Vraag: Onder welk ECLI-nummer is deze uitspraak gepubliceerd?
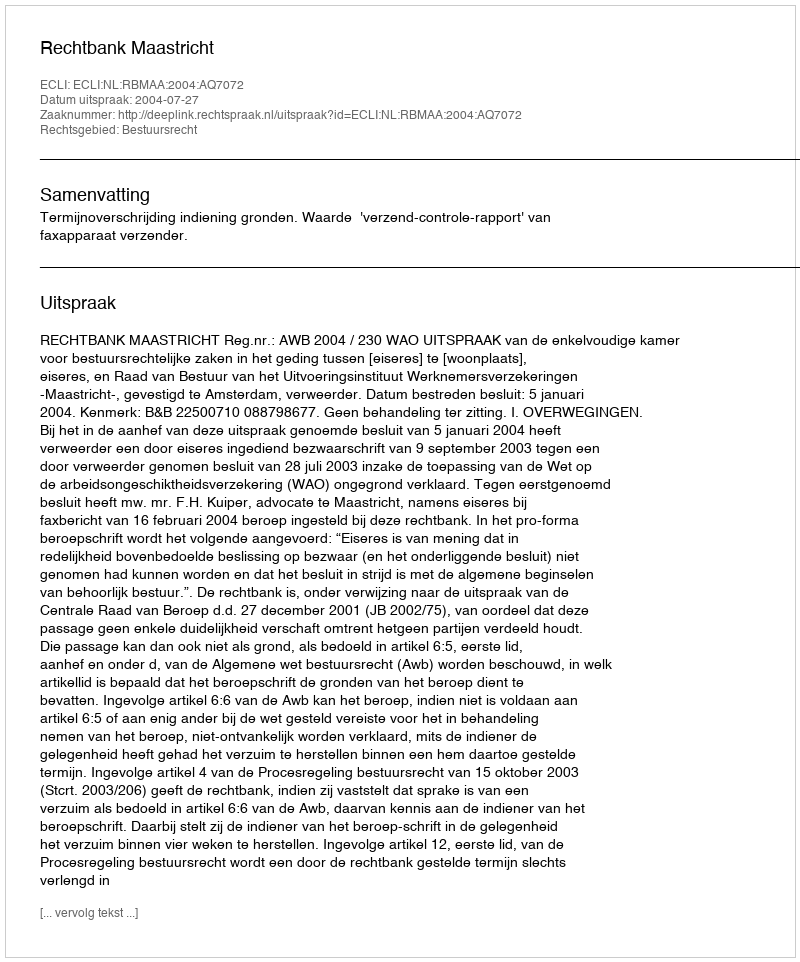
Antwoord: ECLI:NL:RBMAA:2004:AQ7072